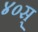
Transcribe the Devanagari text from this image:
४०स्